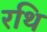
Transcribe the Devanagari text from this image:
रथि